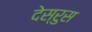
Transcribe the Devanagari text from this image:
देस्रुस